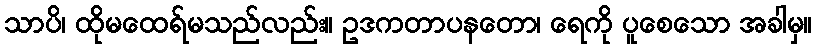
သာပိ၊ ထိုမထေရ်မသည်လည်း။ ဥဒကတာပနတော၊ ရေကို ပူစေသော အခါမှ။